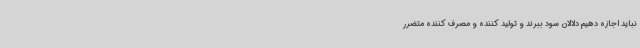
نباید اجازه دهیم دلالان سود ببرند و تولید کننده و مصرف کننده متضرر